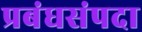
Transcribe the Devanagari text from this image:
प्रबंधसंपदा